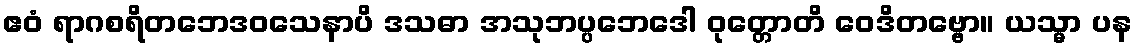
ဧဝံ ရာဂစရိတဘေဒဝသေနာပိ ဒသဓာ အသုဘပ္ပဘေဒေါ ဝုတ္တောတိ ဝေဒိတဗ္ဗော။ ယသ္မာ ပန